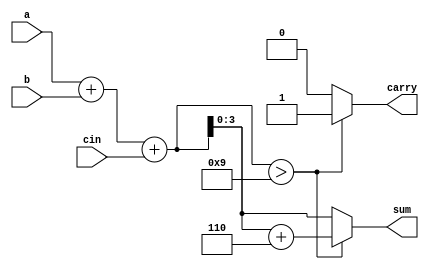
// Code your design here
module bcd_adder(a,b,cin,sum,carry);
  input [3:0] a,b;
    input cin;
    output [3:0] sum;
    output carry;
  
  reg [4:0] sum_temp;
  reg [3:0] sum;
  reg carry;  
  
  always @(a,b,cin) begin
    sum_temp = a+b+cin;
    if(sum_temp > 9)    begin
            sum_temp = sum_temp+6;
      carry = 1;
      sum = sum_temp[3:0];
    end
    else    begin
      carry = 0;
            sum = sum_temp[3:0];
    end
  end     

endmodule